Kihnu_vallakohus, lk 4
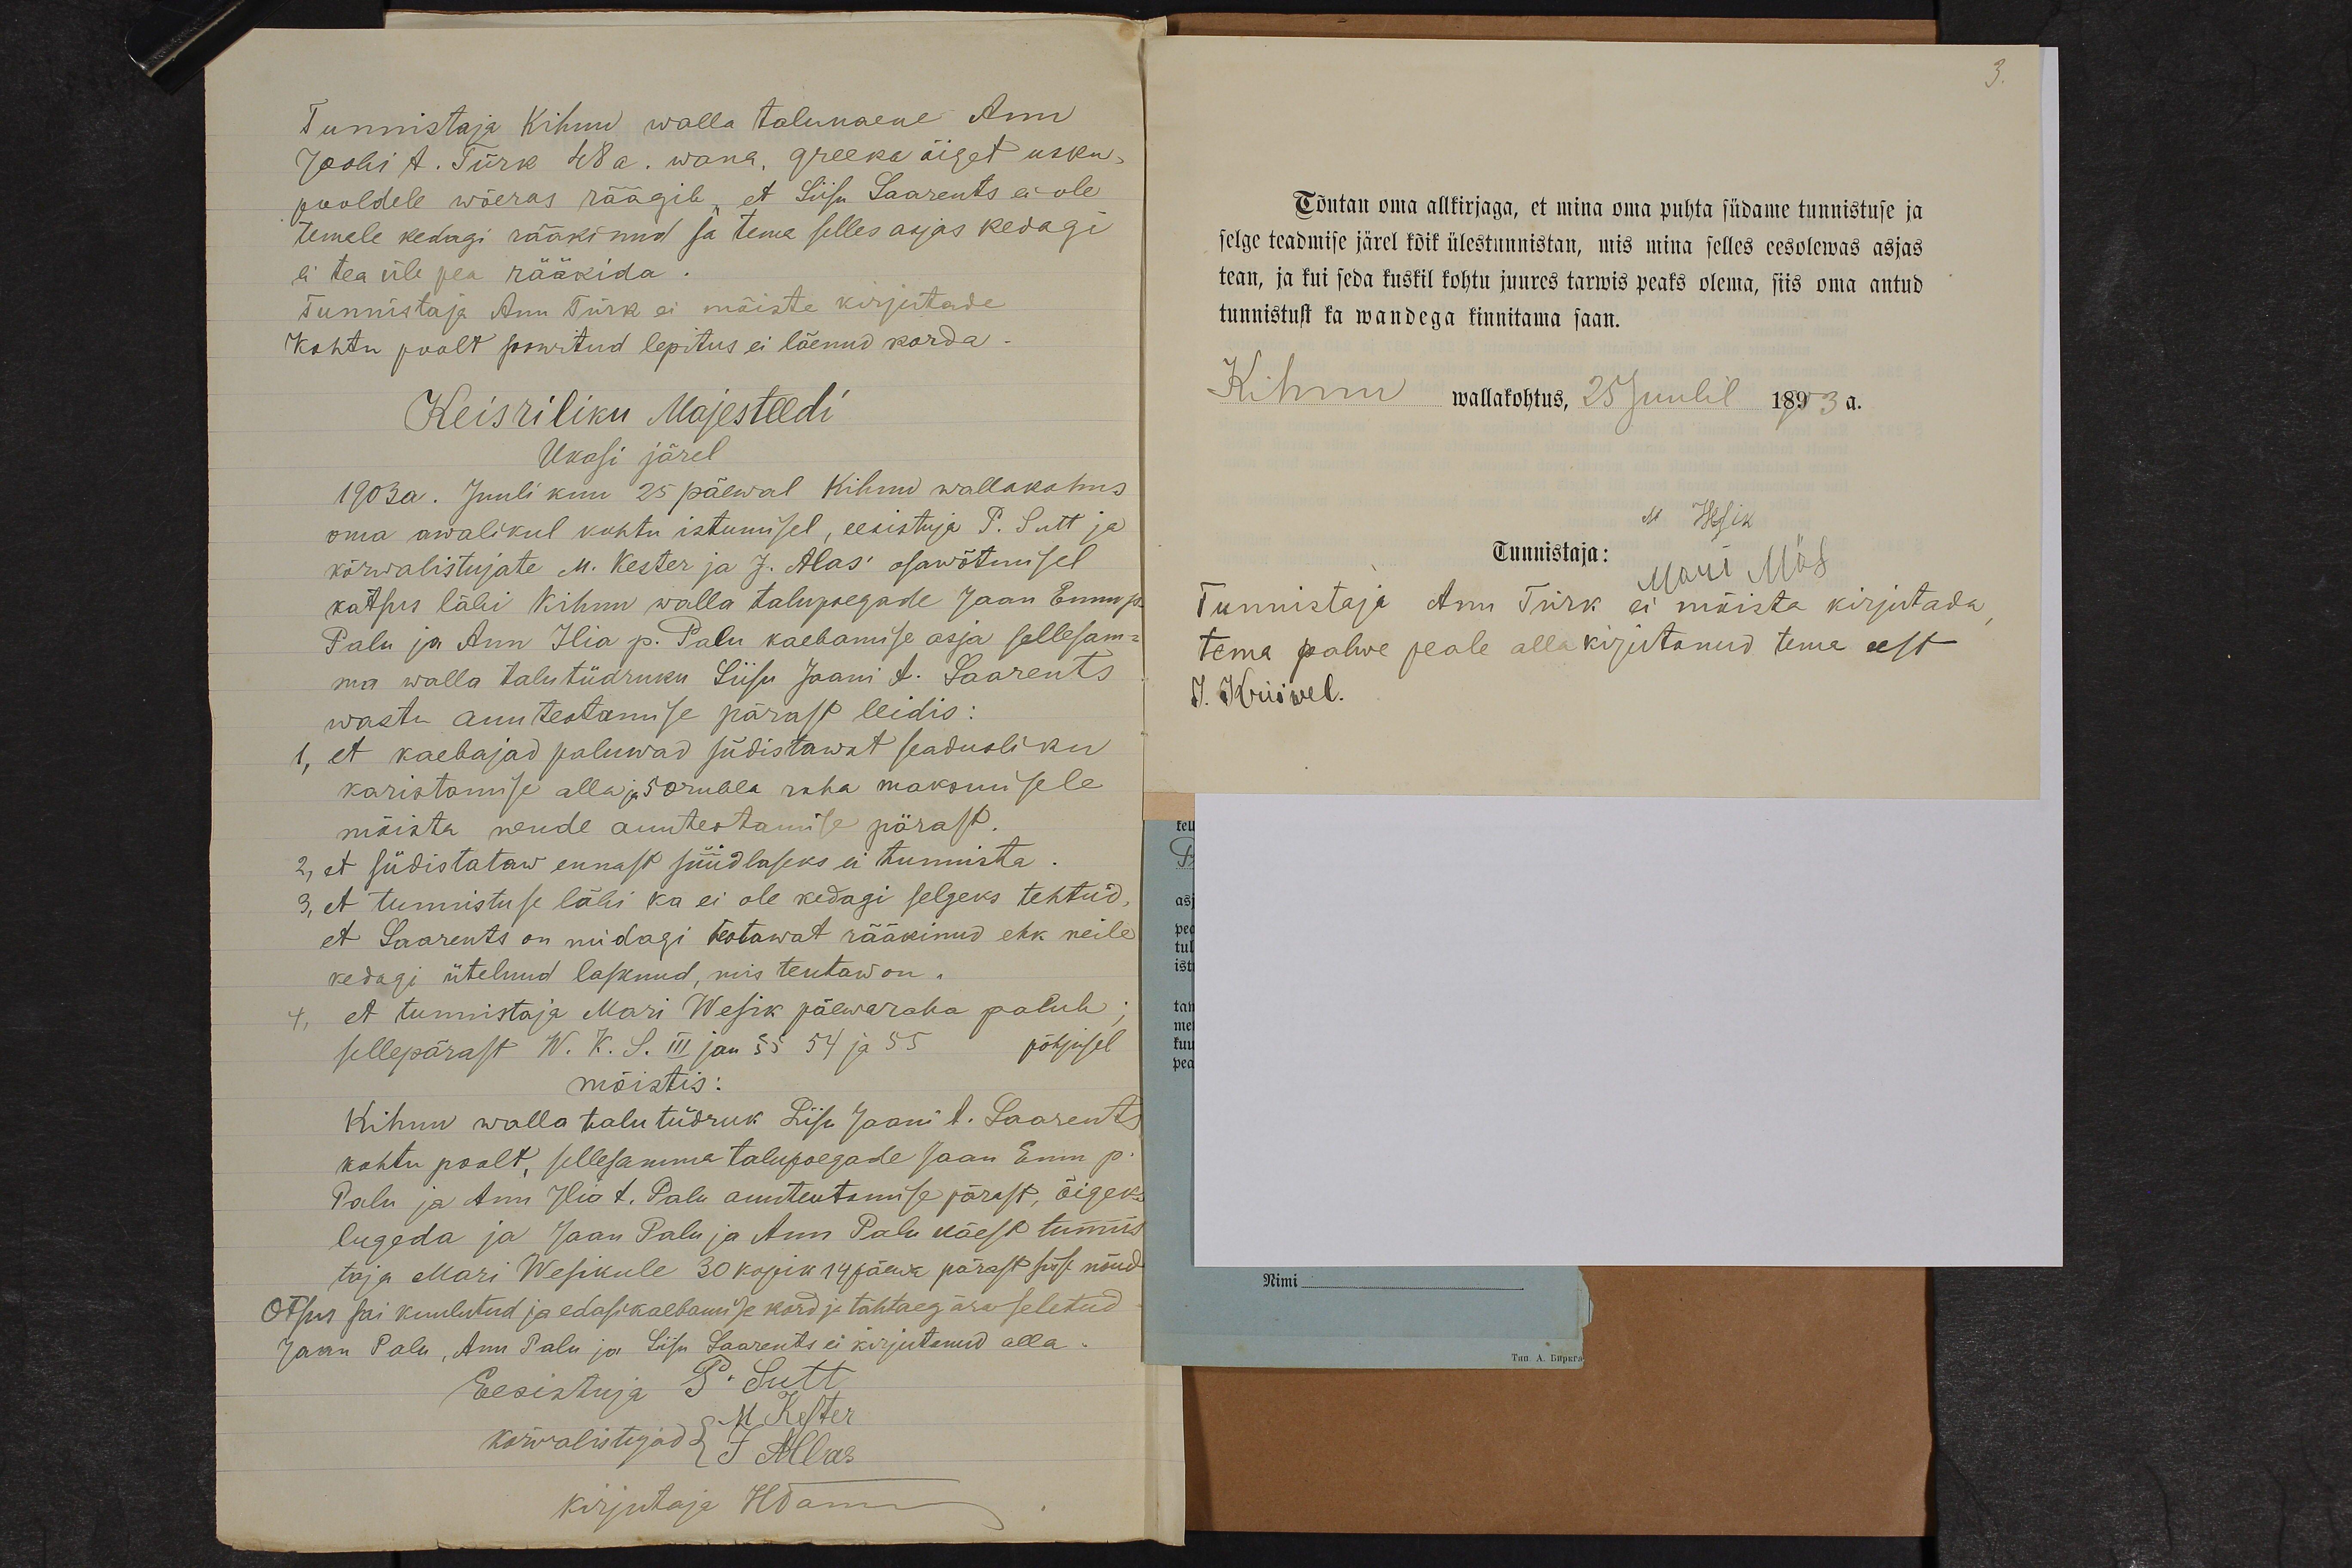
Tunnistaja Kihnu walla talunaene Ann
Joobi t. Türk 48 a. wana, greeka õiget usku.
pooldele wõeras räägib, et Liisa Saarents ei ole
temale kedagi rääki nüd ja tema selles asjas kedagi
ei tea üle pea rääkida
Tunnistaja Ann Türk ei mõiste kirjutade
Kohtu poolt soowitud lepitus ei läenud korda.
Keisriliku Majesteedi
Ukasi järel
1903a. Juuli kuu 25 päewal Kihnu wallakohus
oma awalikul kohtu istumisel, eesistuja P. Sutt ja
kõrwalistujate M. Kester ja J. Alas osawõtmisel
katsus läbi Kihnu walla talupoegade Jaan Ennu p
Palu ja Ann Ilia p. Palu kaebamise asja sellesam-
ma walla talutüdruku Liisu Jaani t. Saarents
wastu auuteotamise pärast leidis:
1, et kaebajad paluwad südistawat seadusliku
karistamise alla ja 50 rubla raha maksmisele
mõista nende auuteotamise pärast.
2, et südistataw ennast süüdlaseks ei tunnista.
3, et tunnistuse läbi ka ei ole kedagi selgeks tehtud
et Saarents on midagi teotawat rääkinud ehk neile
kedagi ütelnud lasknud, mis teutaw on,
4, et tunnistaja Mari Wesik päewaraha palub
sellepärast W. K. S. III jau § § 54 ja 55 põhjusel
mõistis:
Kihnu walla talu tüdruk Lisu Jaani t. Saarent
kohtu poolt, sellesanema talupoegade Jaan Enn p.
Palu ja Ann Ilia t. Palu auuteutamise pärast, õigeks
lugeda ja Jaan Palu ja Ann Palu käest tunnis
taja Mari Wesikule 30 kopik 14 päewa pärast sisse nõud
Otsus sai kuulutud ja edasikaebamise kord ja tähtaeg ära seletud
Jaan Palu, Ann Palu ja Lisu Saarents ei kirjutanud alla.
Eesistuja P. Sutt
kõrwalistujad
M Kester
J Allas
kirjutaja HTamm.

3.
Tõutan oma allkirjaga, et mina oma puhta südame tunnistuse ja
selge teadmise järel kõik ülestunnistan, mis mina selles eesolewas asjas
tean, ja kui seda kuskil kohtu juures tarwis peaks olema, siis oma antud
tunnistust ka wandega kinnitama saan.
Kihnu wallakohtus, 25 Juulil 1903 a.
M Wesik
Tunnistaja:
Mari Mös
Tunnistaja Ann Türk ei mõista kirjutada
tema palwe peale allakirjutanud tema eest
J. Kriiwel.